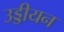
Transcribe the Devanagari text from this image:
उड्डीयन